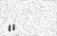
٧٥